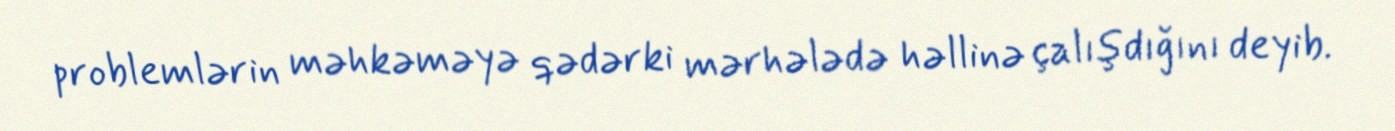
problemlərin məhkəməyə qədərki mərhələdə həllinə çalışdığını deyib.